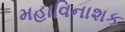
મહાવિનાશક